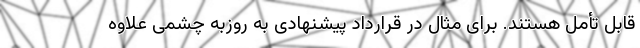
قابل تأمل هستند. برای مثال در قرارداد پیشنهادی به روزبه چشمی علاوه